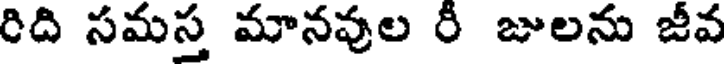
రిది సమస్త మానవుల రీ జులను జీవ